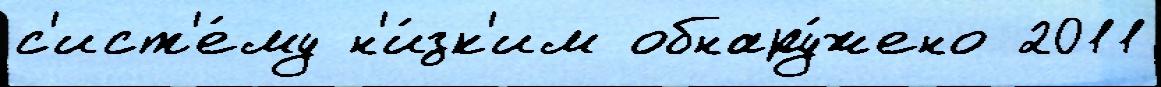
с'ист'е́му н'и́зк'им обнару́жено 2011